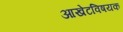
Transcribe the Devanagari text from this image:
आखेटविषयक